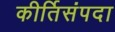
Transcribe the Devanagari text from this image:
कीर्तिसंपदा